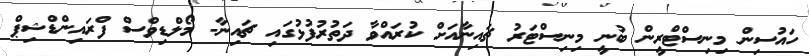
ހައުސިން މިނިސްޓްރީން ބުނީ މިނިސްޓަރު ޗައިނާއަށް ކުރައްވާ ދަތުރުފުޅުގައި ޗައިނާ- މޯލްޑިވްސް ފްރައިންޑްޝިޕް